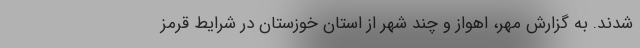
شدند. به گزارش مهر، اهواز و چند شهر از استان خوزستان در شرایط قرمز